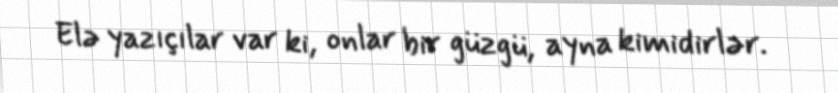
Elə yazıçılar var ki, onlar bir güzgü, ayna kimidirlər.